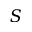
\boldsymbol { S }